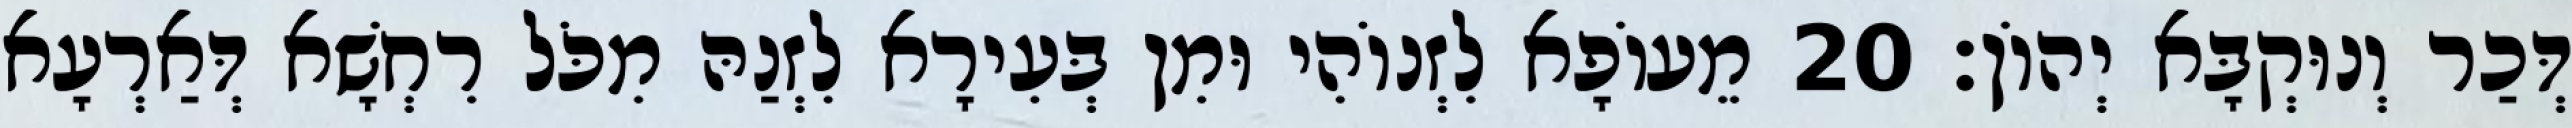
דְּכַר וְנוּקְבָּא יְהוֹן׃ 20 מֵעוֹפָא לִזְנוֹהִי וּמִן בְּעִירָא לִזְנַהּ מִכֹּל רִחְשָׁא דְּאַרְעָא